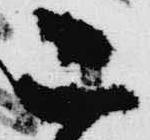
二